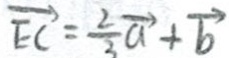
\overrightarrow { E C } = \frac { 2 } { 3 } \overrightarrow { a } + \overrightarrow { b }